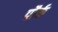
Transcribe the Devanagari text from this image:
पौर्क